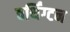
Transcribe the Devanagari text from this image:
वर्थिंग्टन